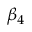
\beta _ { 4 }